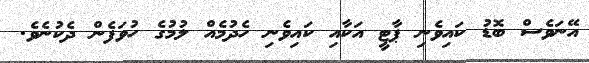
އޭނަވެސް ބޮޑު ކައިވެނި ޕާޓީ އަކާއި ކައިވެނި ހެދުމެއް ލުމުގެ ހުވަފެން ދެކުނެވެ.